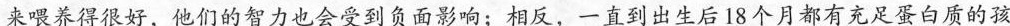
来喂养得很好，他们的智力也会受到负面影响；相反，一直到出生后18个月都有充足蛋白质的孩